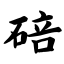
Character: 碚